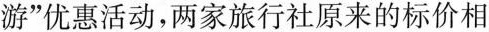
游”优惠活动，两家旅行社原来的标价相